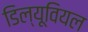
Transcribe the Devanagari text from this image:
डिल्यूवियल